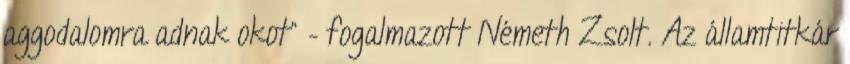
aggodalomra adnak okot” – fogalmazott Németh Zsolt. Az államtitkár